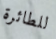
للطائرة